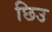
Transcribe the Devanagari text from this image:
छिउ